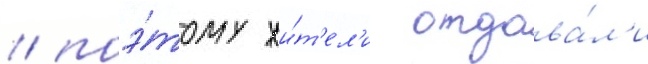
/ поэ́тому жи́т'ел'и отдава́л'и